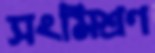
সংমিশ্রণ